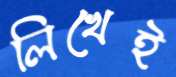
লিখেই